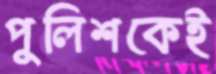
পুলিশকেই